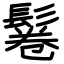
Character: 鬈